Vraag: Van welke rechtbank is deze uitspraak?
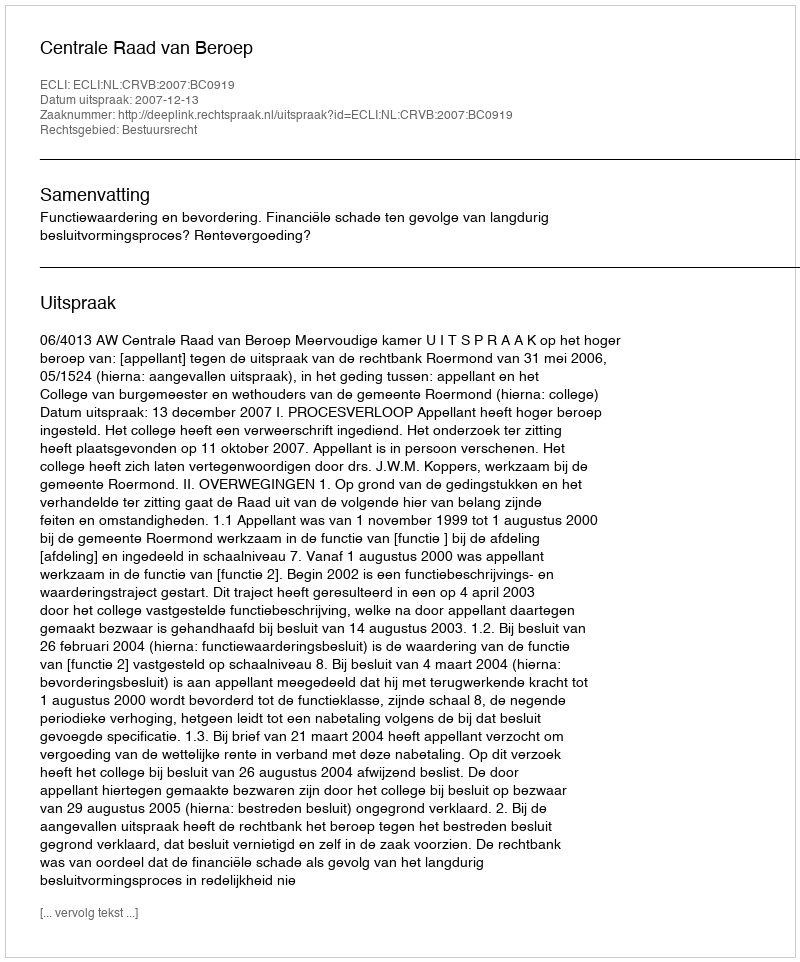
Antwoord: Centrale Raad van Beroep